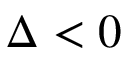
\Delta < 0